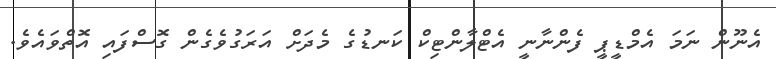
އެނޫން ނަމަ އެމްޑީޕީ ފެންނާނީ އެޓްލާންޓިކް ކަނޑުގެ މެދަށް އަރަގުވެގެން ގޮސްފައި އޮތްވައެވެ.